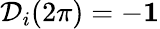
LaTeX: {\mathcal D}_{i}(2\pi)=-{\mathbf 1}